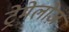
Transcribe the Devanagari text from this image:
ट्रेमेलोज़